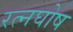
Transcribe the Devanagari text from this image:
रत्नघोष